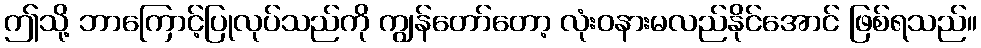
ဤသို့ ဘာကြောင့်ပြုလုပ်သည်ကို ကျွန်တော်တော့ လုံးဝနားမလည်နိုင်အောင် ဖြစ်ရသည်။